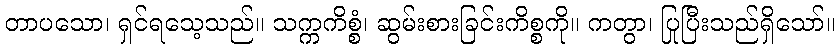
တာပသော၊ ရှင်ရသေ့သည်။ သက္ကကိစ္စံ၊ ဆွမ်းစားခြင်းကိစ္စကို။ ကတွာ၊ ပြုပြီးသည်ရှိသော်။